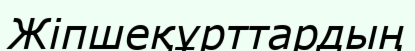
Жіпшеқұрттардың